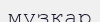
мұзқар